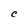
Character: C